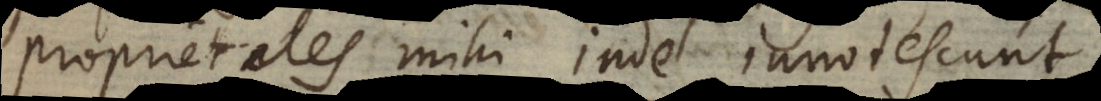
proprietates mihi inde innotescunt